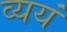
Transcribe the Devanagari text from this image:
व्ययं